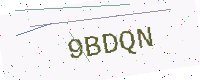
Text: 9BDQN